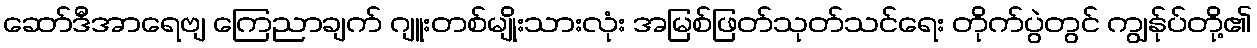
ဆော်ဒီအာရေဗျ ကြေညာချက် ဂျူးတစ်မျိုးသားလုံး အမြစ်ဖြတ်သုတ်သင်ရေး တိုက်ပွဲတွင် ကျွန်ုပ်တို့၏